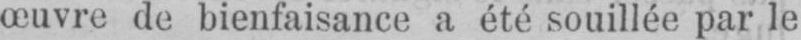
œuvre de bienfaisance a été souillée par le